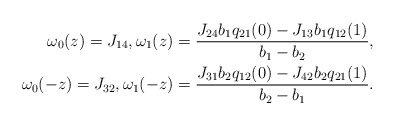
\begin{align*} \omega_0(z) = J_{14}, \omega_1(z) = \frac{J_{24} b_1 q_{21}(0) - J_{13} b_1 q_{12}(1)}{b_1-b_2}, \\ \omega_0(-z) = J_{32}, \omega_1(-z) = \frac{J_{31} b_2 q_{12}(0) - J_{42} b_2 q_{21}(1)}{b_2-b_1}.\end{align*}